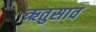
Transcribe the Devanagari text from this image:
ऋतुसाव